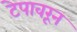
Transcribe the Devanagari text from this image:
टेपावरून